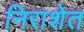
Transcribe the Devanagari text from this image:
निराशेत